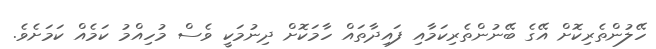
ހޭލުންތެރިކޮށް އޭގެ ބޭނުންތެރިކަމާއި ފައިދާތައް ހާމަކޮށް ދިނުމަކީ ވެސް މުހިއްމު ކަމެއް ކަމަށެވެ.